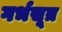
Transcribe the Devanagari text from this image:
गर्भसूत्र